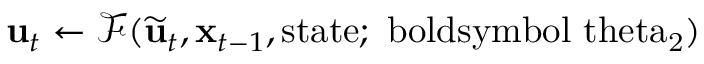
\mathbf { u } _ { t } \gets \mathscr { F } ( \widetilde { \mathbf { u } } _ { t } , \mathbf { x } _ { t - 1 } , \mathrm { { s t a t e } ; \ b o l d s y m b o l { \ t h e t a } _ { 2 } ) }